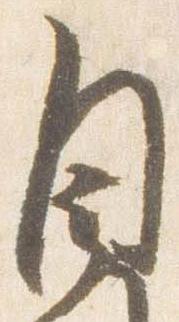
自